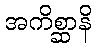
အကိစ္ဆာနိ